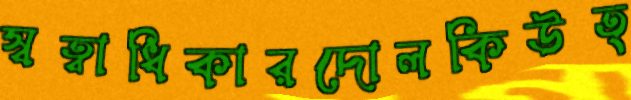
স্বত্বাধিকারদোলকিউত্